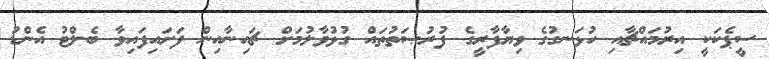
ސީޕެކަކީ އިރުމައްޗާއި ހުޅަނގުގެ ވިޔާފާރީގެ ފުރުޞަތުތައް ގުޅުވާލުމަށް ޗައިނާއިން ފަށައިފައިވާ ބެލްޓު އެންޑު